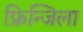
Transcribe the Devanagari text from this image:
फ्रिन्जिला